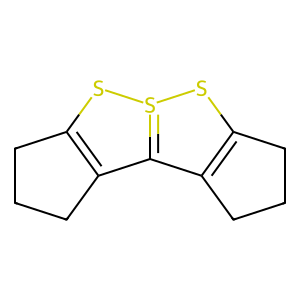
SMILES: C1CC2=C(C1)C1=S(S2)SC2=C1CCC2
Inhibits HIV replication: No